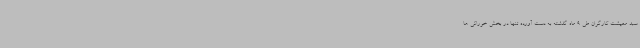
سبد معیشت کارگران طی 9 ماه گذشته به دست آورده تنها در بخش خوراکی ها